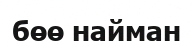
бөө найман